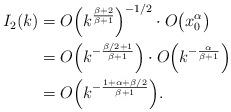
LaTeX: \begin{align*}I_2(k) &= O \Big( k^{\frac{\beta+2}{\beta+1}} \Big)^{-1/2} \cdot O\big(x_0^\alpha \big) \\&= O\Big( k^{-\frac{\beta/2+1}{\beta+1}} \Big) \cdot O\Big( k^{-\frac{\alpha}{\beta+1}} \Big) \\&= O\Big( k^{-\frac{1 + \alpha +\beta/2}{\beta+1}} \Big).\end{align*}